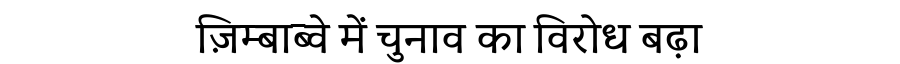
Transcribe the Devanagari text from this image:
ज़िम्बाब्वे में चुनाव का विरोध बढ़ा